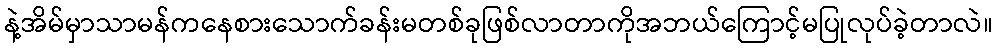
နဲ့အိမ်မှာသာမန်ကနေစားသောက်ခန်းမတစ်ခုဖြစ်လာတာကိုအဘယ်ကြောင့်မပြုလုပ်ခဲ့တာလဲ။